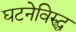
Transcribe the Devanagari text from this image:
घटनेविरुद्ध